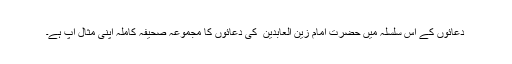
دعائوں کے اس سلسلہ میں حضرت امام زین العابدین ؑ کی دعائوں کا مجموعہ صحیفہ کاملہ اپنی مثال آپ ہے۔